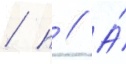
/ п // А́